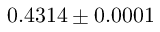
0 . 4 3 1 4 \pm 0 . 0 0 0 1